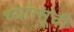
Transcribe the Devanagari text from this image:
च्यांग्सूची